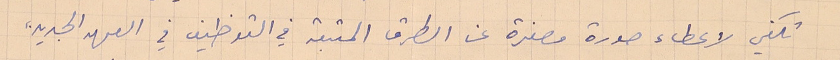
تكفي لاعطاء صورة مصغرة عن الطرق المتبعة في التوظيف في العهد الجديد،